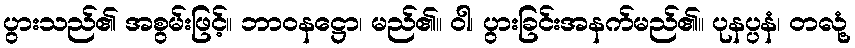
ပွားသည်၏ အစွမ်းဖြင့်။ ဘာဝနဋ္ဌော၊ မည်၏။ ဝါ၊ ပွားခြင်းအနက်မည်၏။ ပုနပ္ပနံ၊ တလုံ့